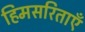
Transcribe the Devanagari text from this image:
हिमसरिताएँ